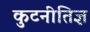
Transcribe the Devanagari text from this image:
कुटनीतिज्ञ